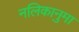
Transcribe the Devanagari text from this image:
नलिकानुमा